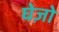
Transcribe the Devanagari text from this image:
घेज़ो